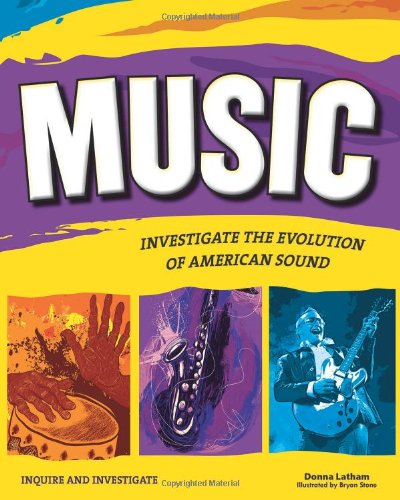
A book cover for Music: INVESTIGATE THE EVOLUTION OF AMERICAN SOUND (Inquire and Investigate); Donna Latham; Teen & Young Adult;